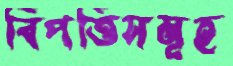
বিপত্তিসমূহ